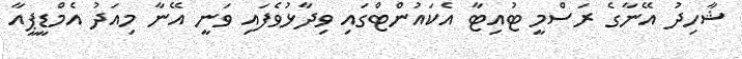
ޝާހިދު އޭނާގެ ރަސްމީ ޓުއިޓާ އެކައުންޓްގައި ވިދާޅުވެފައި ވަނީ އޭނާ މިއަދު އެމްޑީޕީއާ